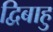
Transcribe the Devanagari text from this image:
द्विबाहु